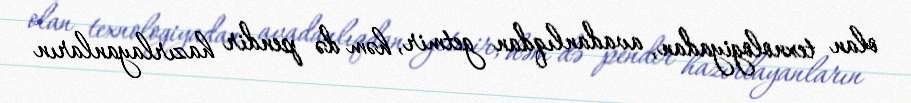
olan texnologiyadan, avadanlıqdan getmir, həm də pendir hazırlayanların